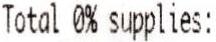
TOTAL 0% SUPPLIES: